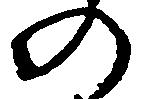
の